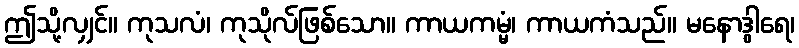
ဤသို့လျှင်။ ကုသလံ၊ ကုသိုလ်ဖြစ်သော။ ကာယကမ္မံ၊ ကာယကံသည်။ မနောဒွါရေ၊